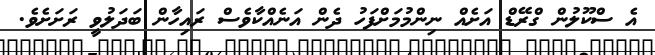
އެ ސްކޫލުން ގްރޭޑް އަށެއް ނިންމުމަށްފަހު ދެން އަނެއްކާވެސް ރައިހާން ބަދަލުވީ ރަށަށެވެ.